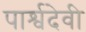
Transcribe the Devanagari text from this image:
पार्श्वदेवी